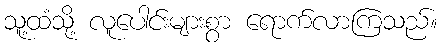
သူ့ထံသို့ လူပေါင်းများစွာ ရောက်လာကြသည်။